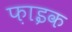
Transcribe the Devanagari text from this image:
फ़ाइक